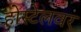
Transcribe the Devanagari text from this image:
होस्टेलवर